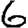
Digit: 6